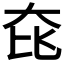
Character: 𡘁